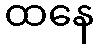
ထနေ